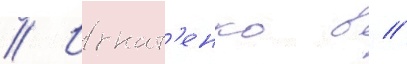
// Игнат'енко в //